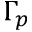
\Gamma _ { p }